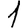
Digit: 1